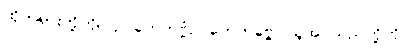
ထိုတရားတို့ကို။ ဥဂ္ဂဟေတဗ္ဗံဥဂ္ဂဟေတဗ္ဗေ၊ ယူအပ်သည်တို့ကို။